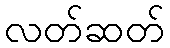
လတ်ဆတ်